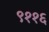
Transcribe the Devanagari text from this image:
९११६